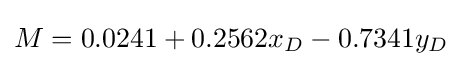
M=0.0241+0.2562x_{D}-0.7341y_{D}